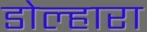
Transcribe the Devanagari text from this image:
डोल्हारा